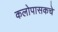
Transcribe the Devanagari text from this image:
कलोपासकचे